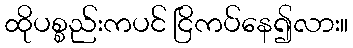
ထိုပစ္စည်းကပင် ငြိကပ်နေ၍လား။